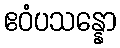
ဧဝံပသန္နော